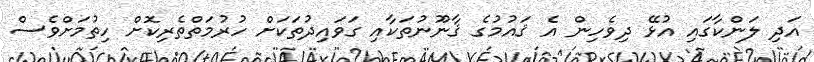
އަދި ލަންކާގައި އުޅޭ ދިވެހިން އެ ޤައުމުގެ ޤާނޫނުތަކާއި ގަވައިދުތަކަށް ހުރުމަތްތެރިކޮށް ހިތުމަށްވެސް